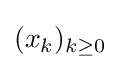
(x_{k})_{k\geq 0}